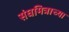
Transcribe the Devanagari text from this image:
संघमित्राच्या